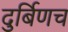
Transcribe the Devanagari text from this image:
दुर्बिणच